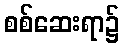
စစ်ဆေးရာ၌